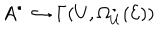
A ^ { \bullet } \hookrightarrow \Gamma ( U , \Omega _ { U } ^ { \bullet } ( { \cal E } ) )